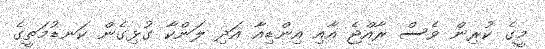
މީގެ ކުރިން ވެސް ރާއްޖެ އާއި އިންޑިއާ އަދި ލަންކާ ގުޅިގެން ކަނޑުމަތީގެ